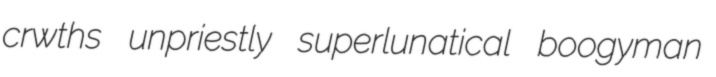
crwths unpriestly superlunatical boogyman